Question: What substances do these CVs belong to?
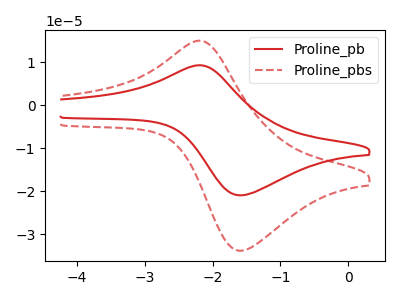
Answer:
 <answer>The red curve is labeled "Proline_pb". The red dashed curve is labeled "Proline_pbs".</answer>
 <eval></eval>